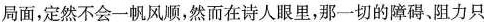
局面，定然不会-帆风顺，然而在诗人眼里，那一切的障碍、阻力只